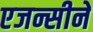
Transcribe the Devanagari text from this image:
एजन्सीने